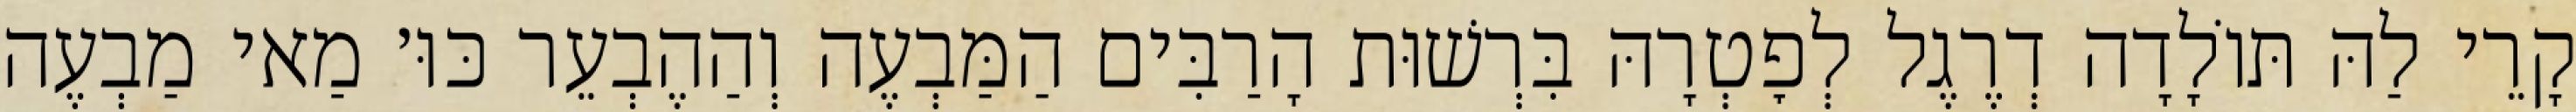
קָרֵי לַהּ תּוֹלָדָה דְרֶגֶל לְפׇטְרָהּ בִּרְשׁוּת הָרַבִּים הַמַּבְעֶה וְהַהֶבְעֵר כּוּ׳ מַאי מַבְעֶה